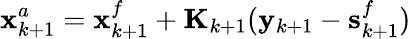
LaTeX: \mathbf{x}_{k+1}^{a}=\mathbf{x}_{k+1}^{f}+\mathbf{K}_{k+1}(\mathbf{y}_{k+1}-\mathbf{s}_{k+1}^{f})